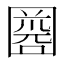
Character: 𡈘